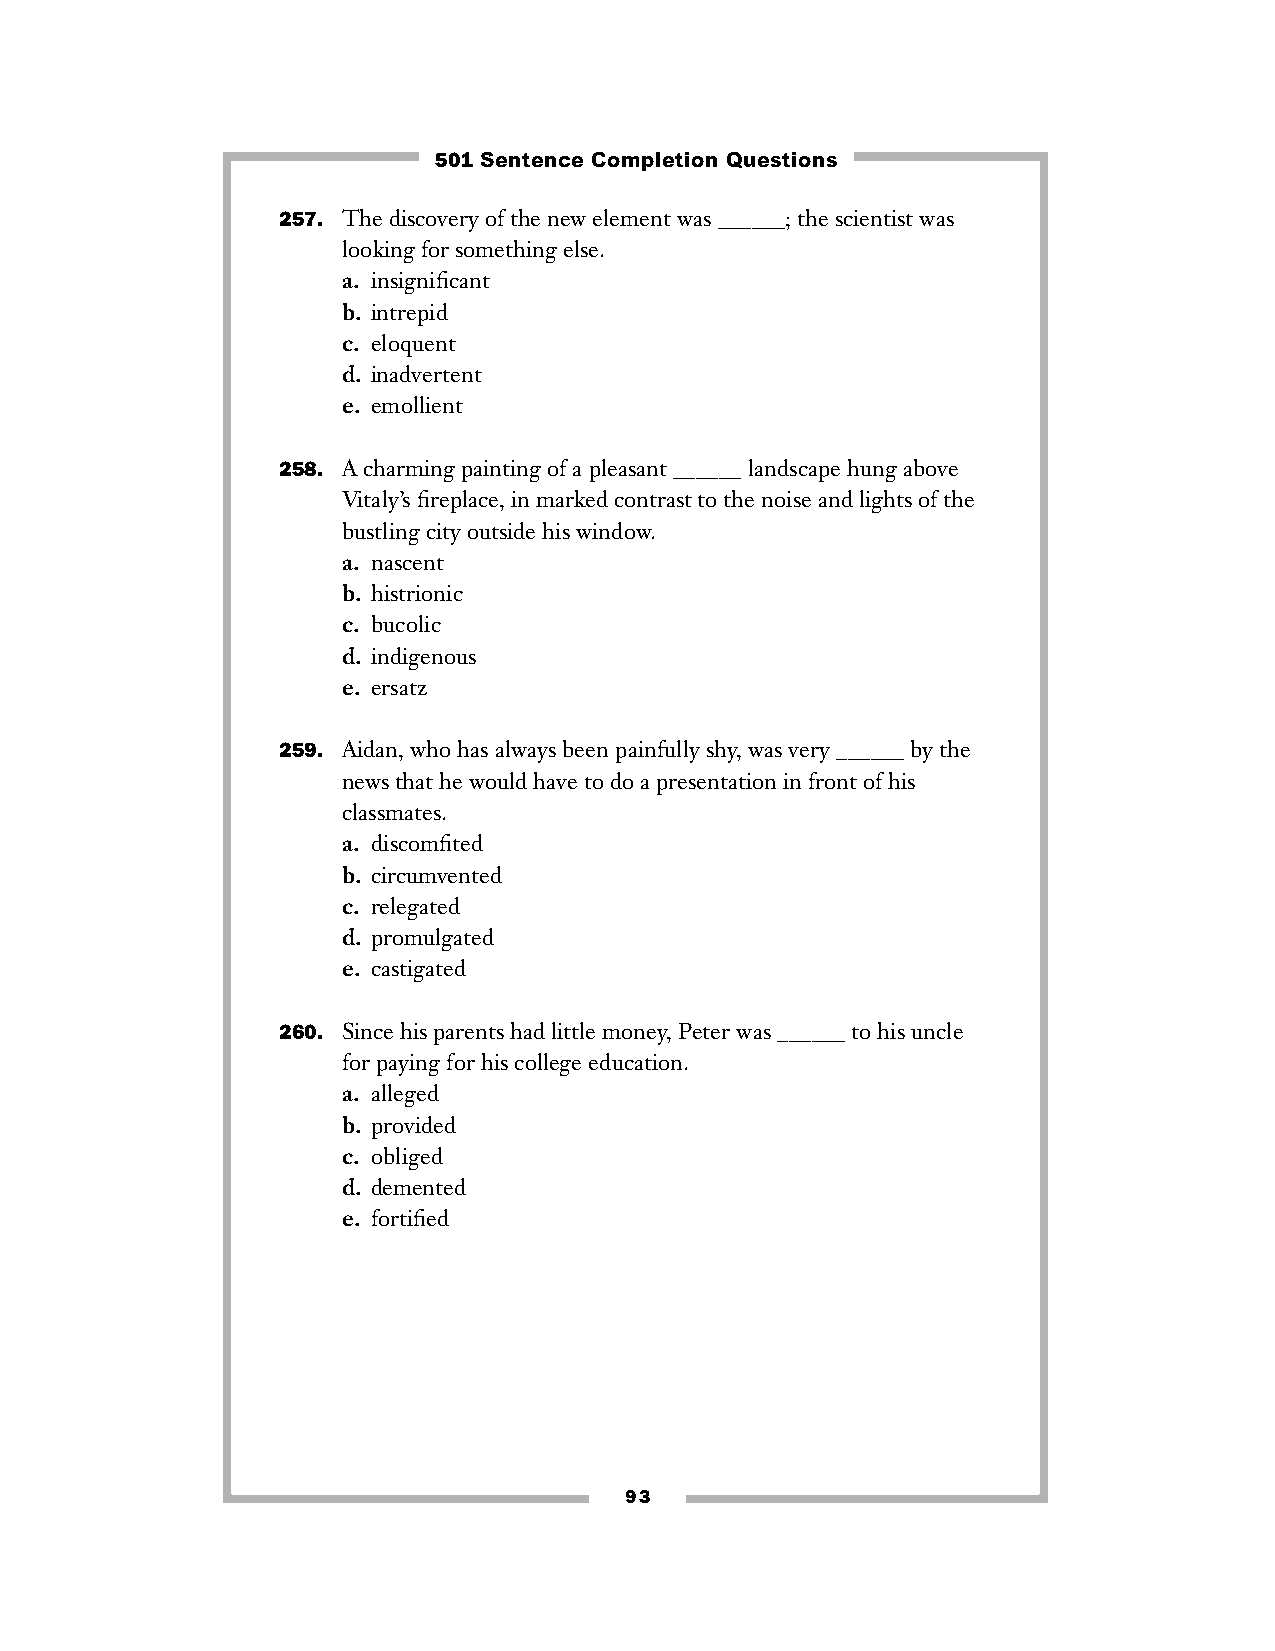
501 Sentence Completion Questions
 257. The discovery of the new element was ______; the scientist was
 looking for something else.
 a. insignificant
 b. intrepid
 c. eloquent
 d. inadvertent
 e. emollient
 258. A charming painting of a pleasant ______ landscape hung above
 Vitaly’s fireplace, in marked contrast to the noise and lights of the
 bustling city outside his window.
 a. nascent
 b. histrionic
 c. bucolic
 d. indigenous
 e. ersatz
 259. Aidan, who has always been painfully shy, was very ______ by the
 news that he would have to do a presentation in front of his
 classmates.
 a. discomfited
 b. circumvented
 c. relegated
 d. promulgated
 e. castigated
 260. Since his parents had little money, Peter was ______ to his uncle
 for paying for his college education.
 a. alleged
 b. provided
 c. obliged
 d. demented
 e. fortified
 93